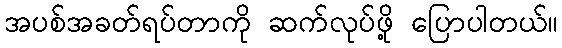
အပစ်အခတ်ရပ်တာကို ဆက်လုပ်ဖို့ ပြောပါတယ်။